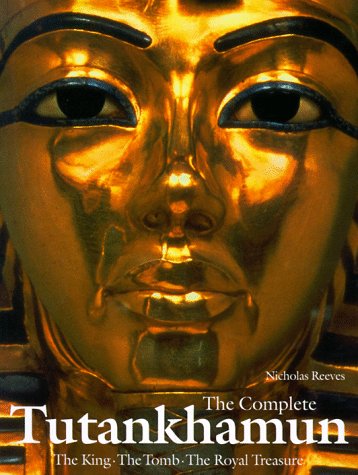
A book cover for The Complete Tutankhamun: The King, the Tomb, the Royal Treasure (King Tut); Nicholas Reeves; History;